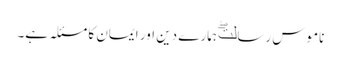
ناموس رسالتۖ ہمارے دین اور ایمان کا مسئلہ ہے۔